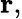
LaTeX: \mathbf{r},